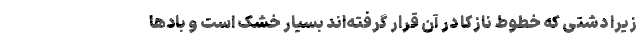
زیرا دشتی که خطوط نازکا در آن قرار گرفته‌اند بسیار خشک است و باد‌ها